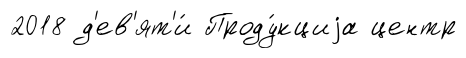
2018 д'ев'ят'и́ Проду́кциjа центр